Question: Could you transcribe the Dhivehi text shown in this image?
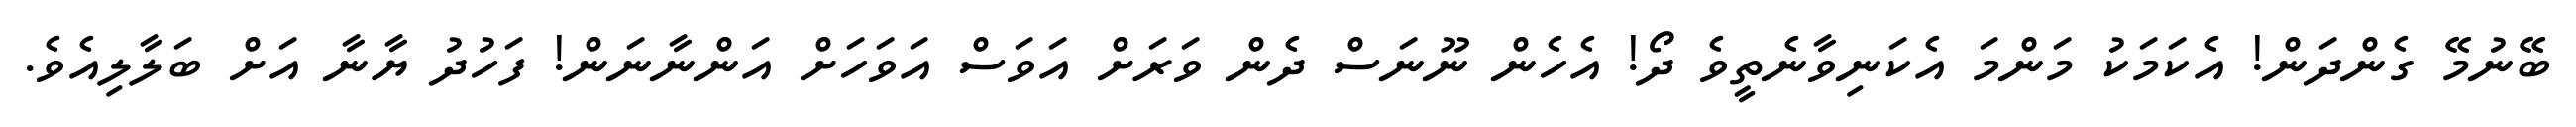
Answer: ބޭނުމޭ ގެންދަން! އެކަމަކު މަންމަ އެކަނިވާނެތީވެ ދޯ! އެހެން ނޫނަސް ދެން ވަރަށް އަވަސް އަވަހަށް އަންނާނަން! ފަހުދު ޔާނާ އަށް ބަލާލިއެވެ.